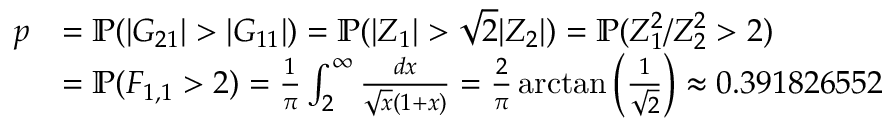
\begin{array} { r l } { p } & { = \mathbb P ( | G _ { 2 1 } | > | G _ { 1 1 } | ) = \mathbb P ( | Z _ { 1 } | > \sqrt 2 | Z _ { 2 } | ) = \mathbb P ( Z _ { 1 } ^ { 2 } / Z _ { 2 } ^ { 2 } > 2 ) } \\ & { = \mathbb P ( F _ { 1 , 1 } > 2 ) = \frac 1 \pi \int _ { 2 } ^ { \infty } \frac { d x } { \sqrt x ( 1 + x ) } = \frac 2 \pi \arctan \left( \frac 1 { \sqrt 2 } \right) \approx 0 . 3 9 1 8 2 6 5 5 2 } \end{array}